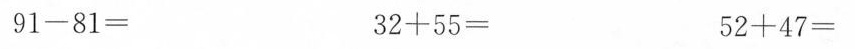
$$9 1 - 8 1 =$$ $$3 2 + 5 5 =$$